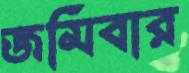
জমিবার